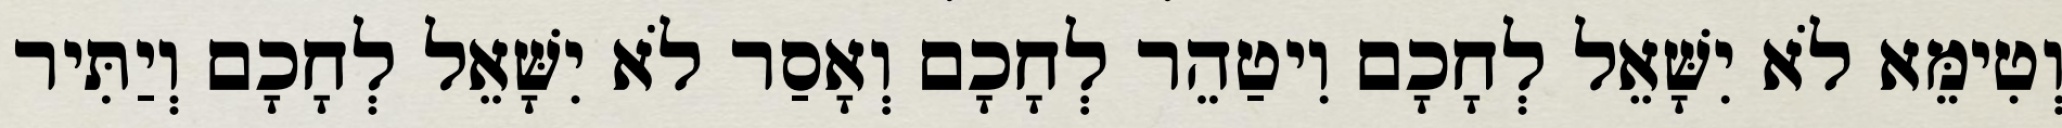
וְטִימֵּא לֹא יִשָּׁאֵל לְחָכָם וִיטַהֵר לְחָכָם וְאָסַר לֹא יִשָּׁאֵל לְחָכָם וְיַתִּיר